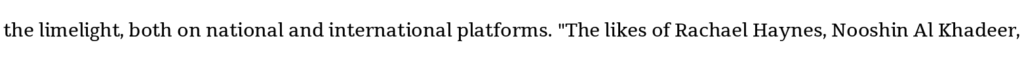
the limelight, both on national and international platforms. "The likes of Rachael Haynes, Nooshin Al Khadeer,